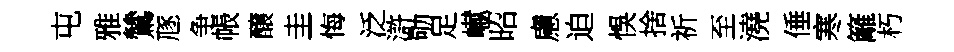
屯雅鷥豗争帳醸圭悔泛滸劬足𪩘昭慮迫悞捨祈至澆倕寒籬朽